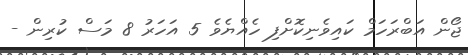
ޖޯން އަބްރަހަމް ކައިވެނިކޮށްފި ހެއްޔެވެ 5 އަހަރު 8 މަސް ކުރިން -